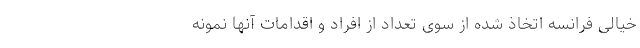
خیالی فرانسه اتخاذ شده از سوی تعداد از افراد و اقدامات آنها نمونه